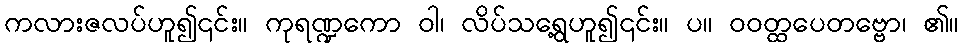
ကလားဇလပ်ဟူ၍၎င်း။ ကုရဏ္ဍကော ဝါ၊ လိပ်သရွေ့ဟူ၍၎င်း။ ပ။ ဝဝတ္ထပေတဗ္ဗော၊ ၏။